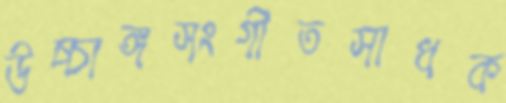
উচ্চাঙ্গসংগীতসাধক